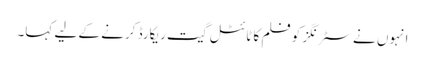
انہوں نے سٹرنگز کو فلم کا ٹائٹل گیت ریکارڈ کرنے کے لیے کہا۔